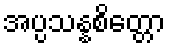
အပ္ပသန္နစိတ္တော